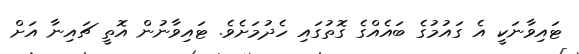
ޓައިވާނަކީ އެ ގައުމުގެ ބައެއްގެ ގޮތުގައި ހެދުމަށެވެ. ޓައިވާނުން އޮތީ ޗައިނާ އަށް